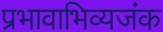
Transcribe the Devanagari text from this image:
प्रभावाभिव्यजंक